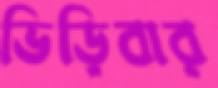
ভিড়িবার